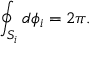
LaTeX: \oint _ { S _ { i } } { d \phi _ { i } } = 2 \pi .